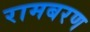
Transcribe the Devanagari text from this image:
रामबरण